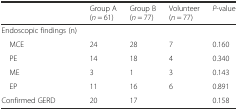
<table><thead><tr><td>[EMPTY_CELL]</td><td><b>Group A (<i>n</i> = 61)</b></td><td><b>Group B (<i>n</i> = 77)</b></td><td><b>Volunteer (<i>n</i> = 77)</b></td><td><b><i>P</i>-value</b></td></tr></thead><tbody><tr><td>Endoscopic findings (n)</td><td>[EMPTY_CELL]</td><td>[EMPTY_CELL]</td><td>[EMPTY_CELL]</td><td>[EMPTY_CELL]</td></tr><tr><td> MCE</td><td>24</td><td>28</td><td>7</td><td>0.160</td></tr><tr><td> PE</td><td>14</td><td>18</td><td>4</td><td>0.340</td></tr><tr><td> ME</td><td>3</td><td>1</td><td>3</td><td>0.143</td></tr><tr><td> EP</td><td>11</td><td>16</td><td>6</td><td>0.891</td></tr><tr><td>Confirmed GERD</td><td>20</td><td>17</td><td>[EMPTY_CELL]</td><td>0.158</td></tr></tbody></table>